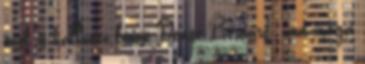
ének is hallható benne Denise Bernard , ám maga